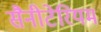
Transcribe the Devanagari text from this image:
सैनीटेरियम